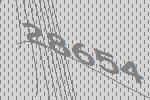
28654